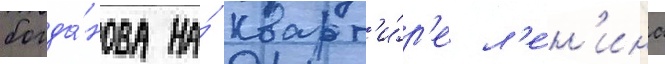
богда́нова на́ кварт'и́р'е л'е́н'ина